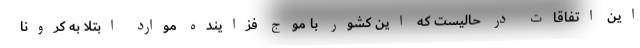
این اتفاقات در حالیست که این کشور با موج فزاینده موارد ابتلا به کرونا